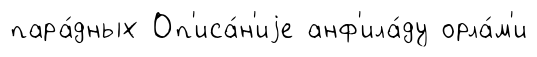
пара́дных Оп'иса́н'иjе анф'ила́ду орла́м'и